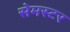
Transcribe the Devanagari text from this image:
सेमस्टर